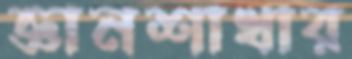
জ্ঞানশাখার